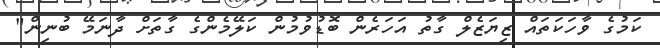
ކަމުގެ ވާހަކަތައް ޒިޔަޒެލް ގާތު އަހަރެން ބޮޑުވުމުން ކަލޭމެންގެ ގާތަށް ދާނަމޭ ބުނިން"